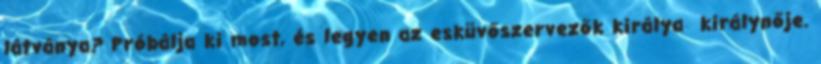
látványa? Próbálja ki most, és legyen az esküvőszervezők királya királynője.